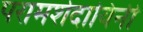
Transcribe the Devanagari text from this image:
परामर्शदायिनी